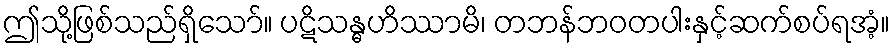
ဤသို့ဖြစ်သည်ရှိသော်။ ပဋိသန္ဓဟိဿာမိ၊ တဘန်ဘဝတပါးနှင့်ဆက်စပ်ရအံ့။